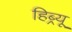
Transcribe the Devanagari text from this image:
हिब्र्यू